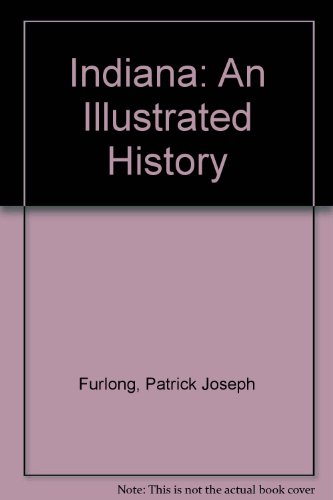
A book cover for Indiana: An Illustrated History; Patrick Joseph Furlong; Travel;